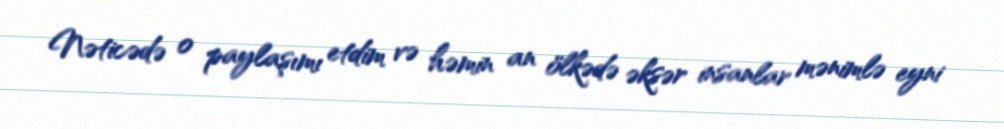
Nəticədə o paylaşımı etdim və həmin an ölkədə əksər insanlar mənimlə eyni